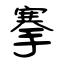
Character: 搴